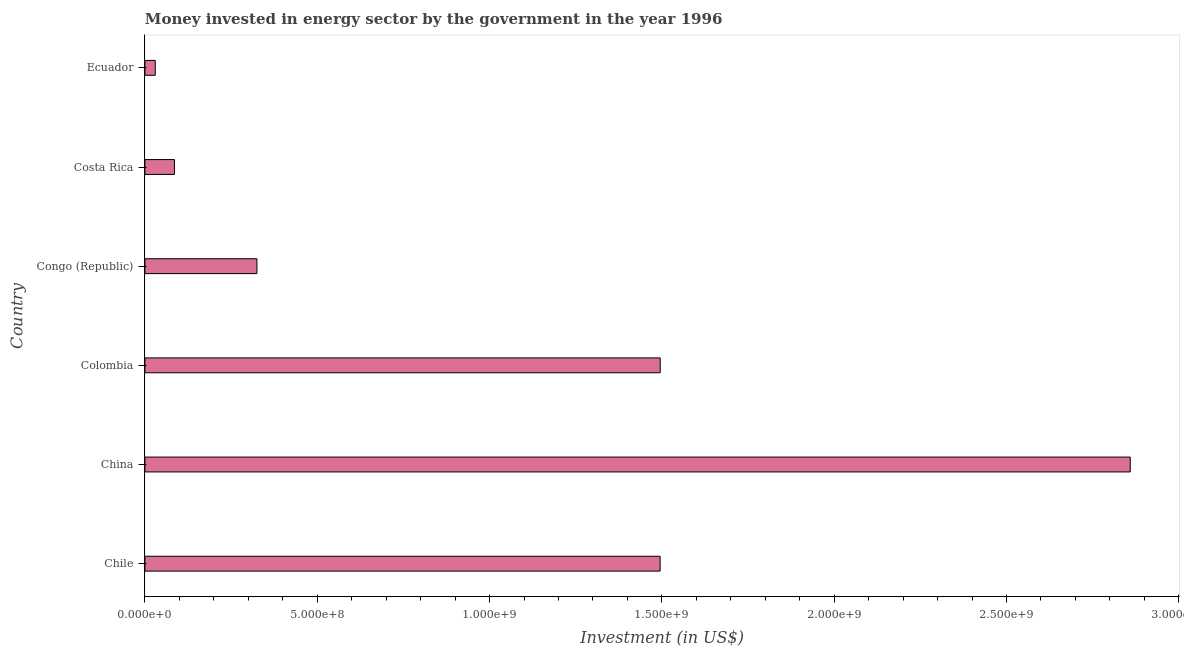
| Country | Investment in energy with private participation (current US$) |
 | --- | --- |
 | Chile | 1.5e+09 |
 | China | 2.86e+09 |
 | Colombia | 1.5e+09 |
 | Congo (Republic) | 3.25e+08 |
 | Costa Rica | 8.57e+07 |
 | Ecuador | 3e+07 |